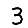
Digit: 3